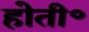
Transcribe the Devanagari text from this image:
होती॰